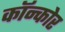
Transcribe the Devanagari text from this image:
कॉन्कोर